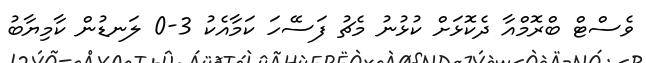
ވެސްޓް ބްރޮމްއާ ދެކޮޅަށް ކުޅުނު މެޗު ފަސޭހަ ކަމާއެކު 3-0 ލަނޑުން ކާމިޔާބު